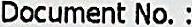
DOCUMENT NO. :